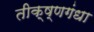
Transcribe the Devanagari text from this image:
तीक्ष्णगंधा